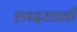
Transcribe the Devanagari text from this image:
शब्दध्वनी